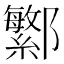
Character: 𬪤